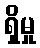
ရှိမှု